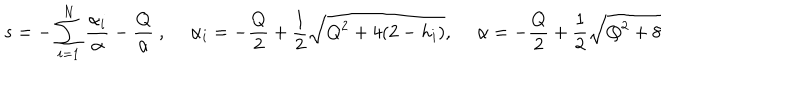
LaTeX: s = - \sum _ { i = 1 } ^ { N } \frac { \alpha _ { i } } { \alpha } - \frac { Q } { \alpha } ~ , \quad ~ \alpha _ { i } = - \frac { Q } { 2 } + \frac { 1 } { 2 } \sqrt { Q ^ { 2 } + 4 ( 2 - h _ { i } ) } , \quad ~ \alpha = - \frac { Q } { 2 } + \frac { 1 } { 2 } \sqrt { Q ^ { 2 } + 8 }